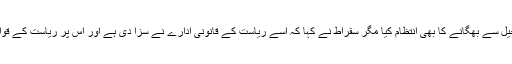
قراطو نے سقراط کو جیل سے بھگانے کا بھی انتظام کیا مگر سقراط نے کہا کہ اسے ریاست کے قانونی ادارے نے سزا دی ہے اور اس پر ریاست کے قوانین کا احترام لازم ہے۔